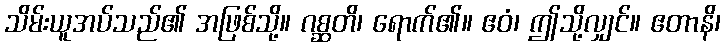
သိမ်းယူအပ်သည်၏ အဖြစ်သို့။ ဂစ္ဆတိ၊ ရောက်၏။ ဧဝံ၊ ဤသို့လျှင်။ ဧတာနိ၊